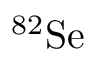
^ { 8 2 } \mathrm { S e }